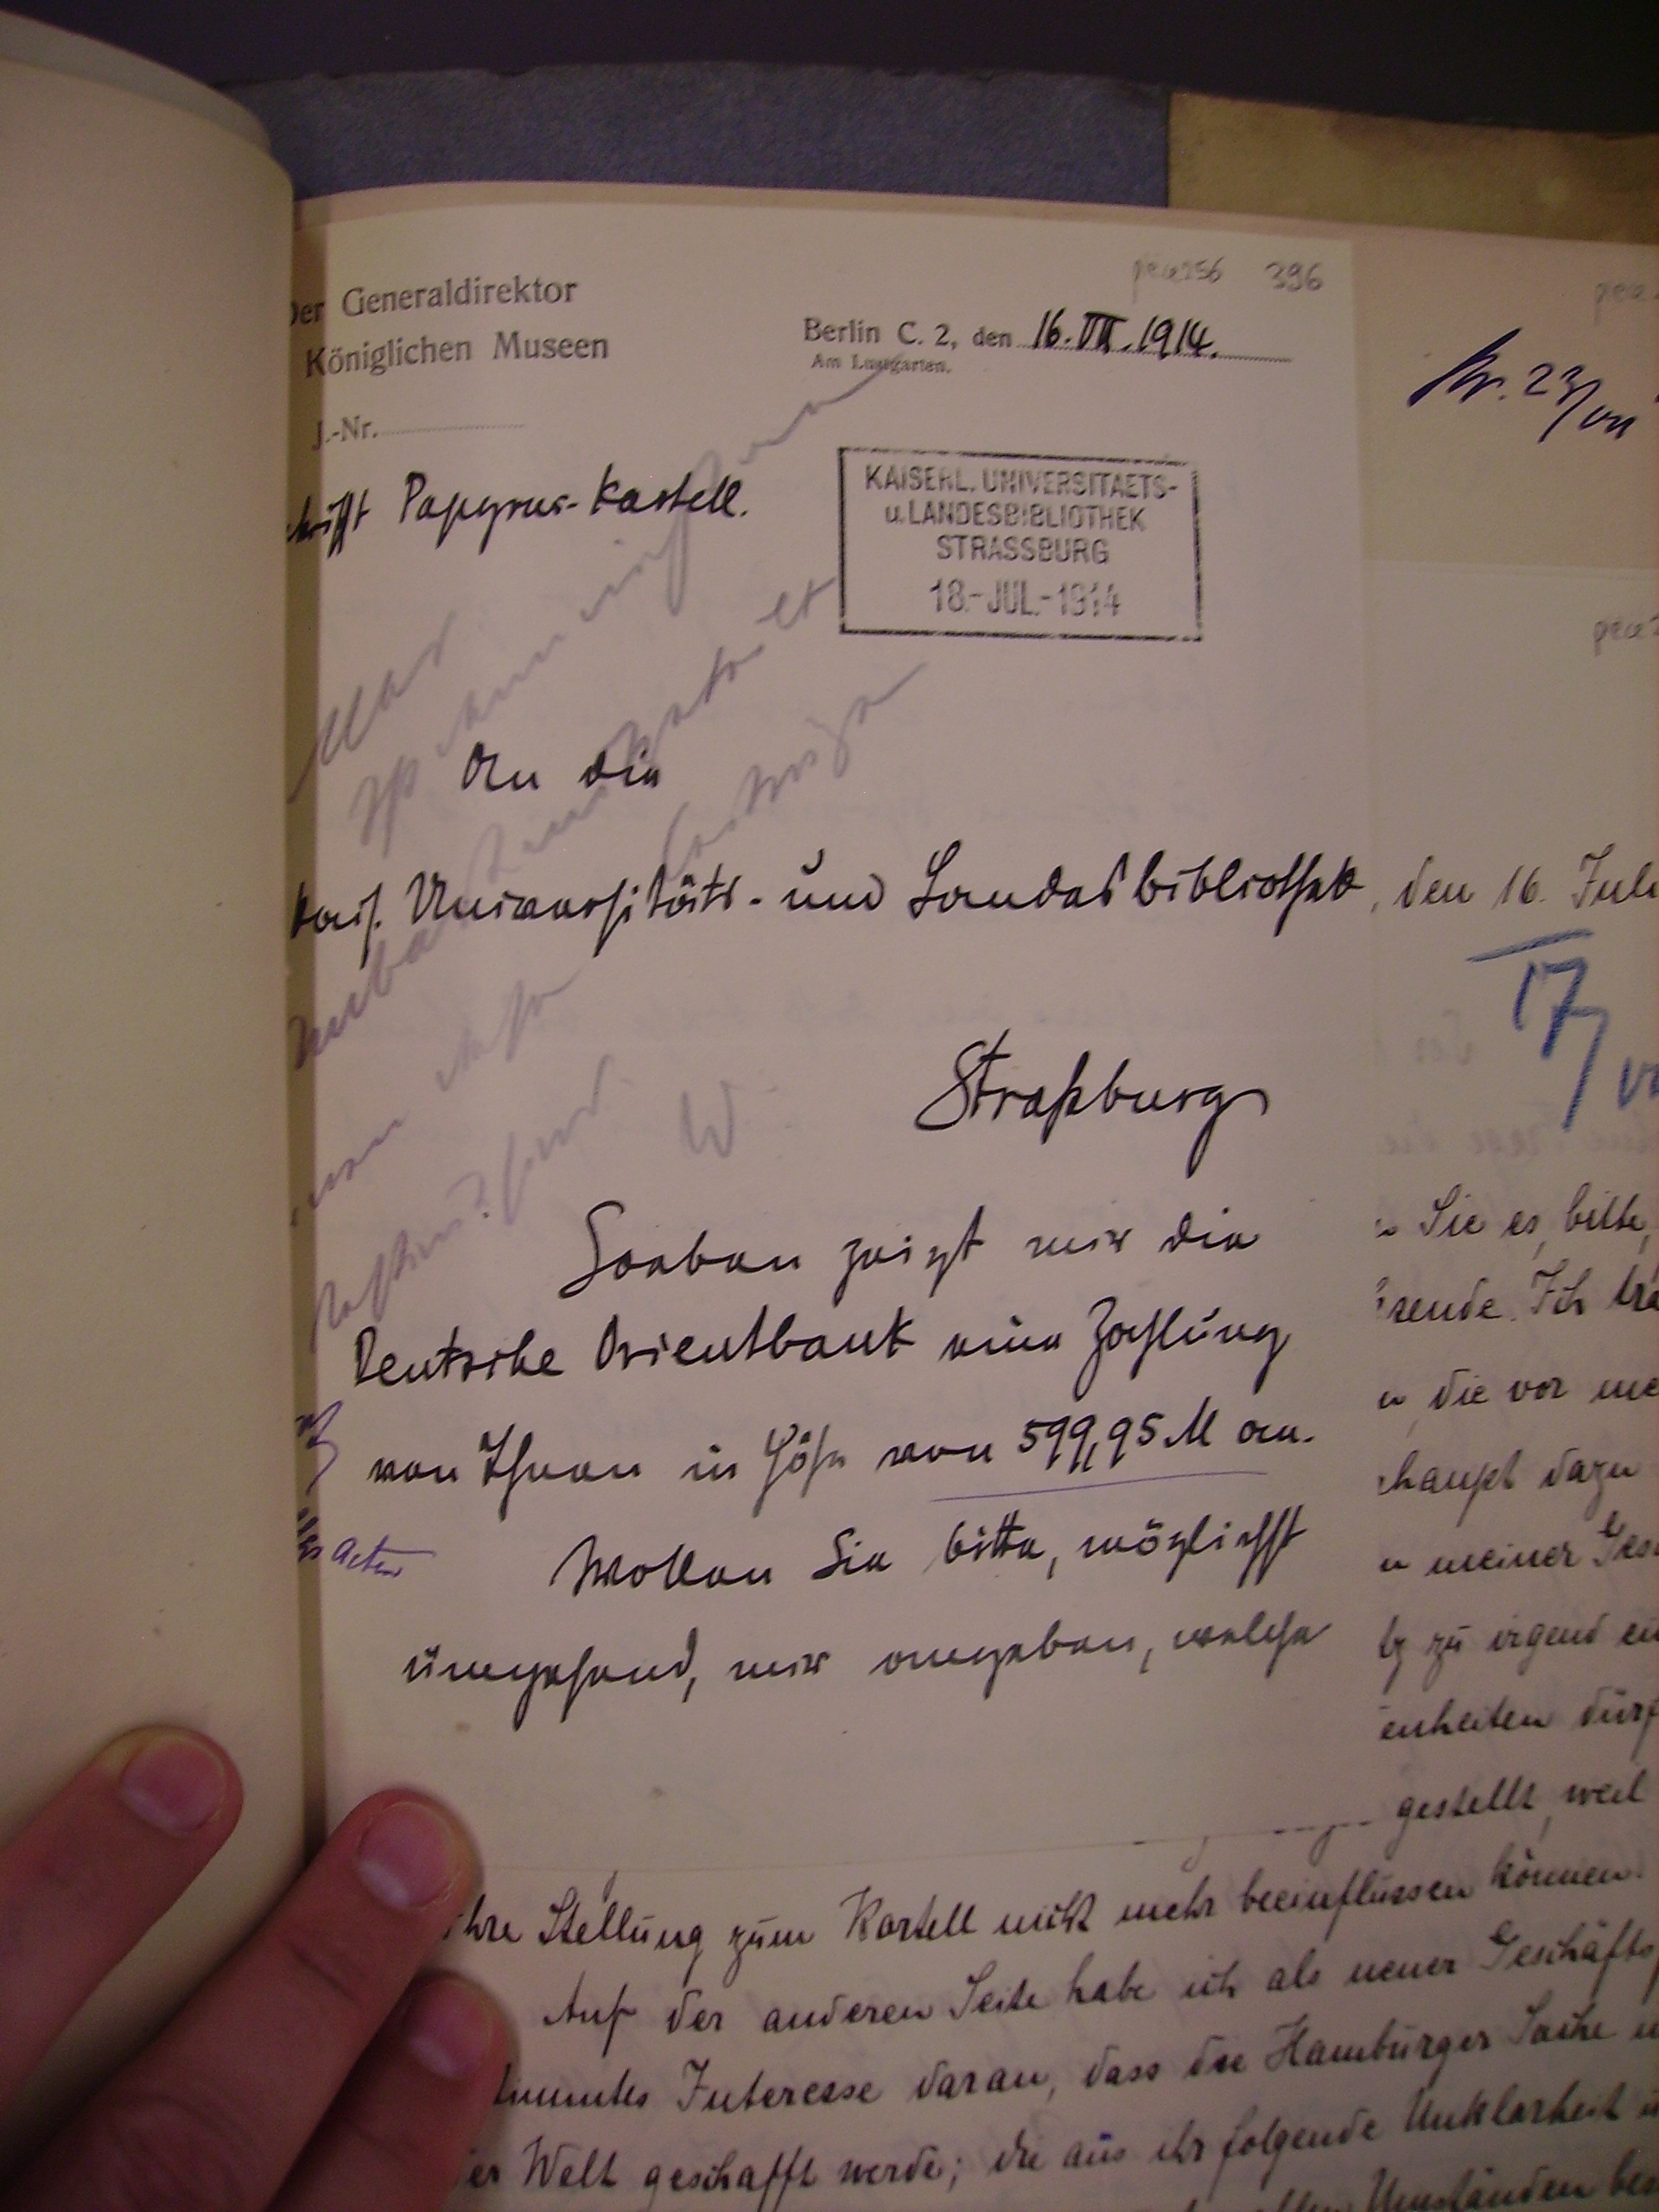
16.VII.1914.
betrifft Papyrus-Kartell.

An die
Kais. Universitäts- und Landesbibliothek

Straßburg

Soeben zeigt mir die
deutsche Orientbank eine Zahlung
von Ihnen in Höhe von 599,95M an.
Wollen sie bitte, möglichst
umgehend, mir angeben, welche